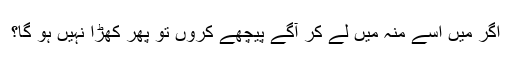
اگر میں اسے منہ میں لے کر آگے پیچھے کروں تو پھر کھڑا نہیں ہو گا؟